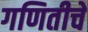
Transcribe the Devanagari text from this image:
गणितीचे